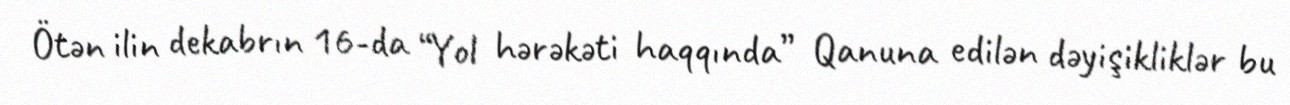
Ötən ilin dekabrın 16-da “Yol hərəkəti haqqında” Qanuna edilən dəyişikliklər bu